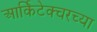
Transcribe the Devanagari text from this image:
आर्किटेक्चरच्या